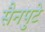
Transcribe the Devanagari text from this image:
सैनपुटे